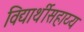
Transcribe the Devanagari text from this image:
विद्यार्थीसहाय्य